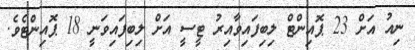
ނިއު އަށް 23 ޕޮއިންޓް ލިބިފައިވާއިރު ޓީސީ އަށް ލިބިފައިވަނީ 18 ޕޮއިންޓެވެ.